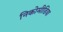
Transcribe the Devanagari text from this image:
निकोमीडिया